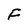
Character: F